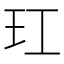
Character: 玒